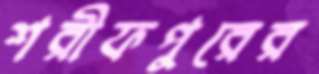
শরীফপুরের